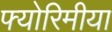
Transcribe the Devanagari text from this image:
फ्योरिमीया